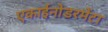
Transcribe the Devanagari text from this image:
एकाईनोडरमेंटा